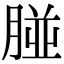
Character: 𦝤